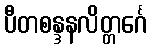
ပီတစန္ဒနလိတ္တင်္ဂေ